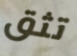
تثق